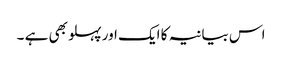
اس بیانیہ کا ایک اور پہلو بھی ہے ۔